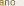
sno